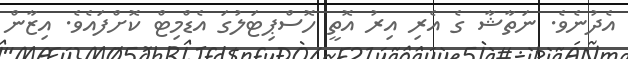
އެދުނެވެ. ނަތާޝާ ގެ އެރި އިރު އޮތީ ހޮސްޕިޓަލުގަ އެޑްމިޓް ކޮށްފައެވެ. އިޒާން